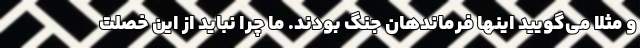
و مثلا می‌گویید اینها فرماند‌هان جنگ بودند. ما چرا نباید از این خصلت